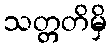
သတ္တတိမှိ